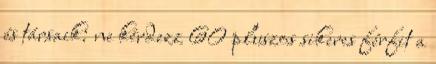
és társaik: ne kérdezz 60 pluszos sikeres férfit a